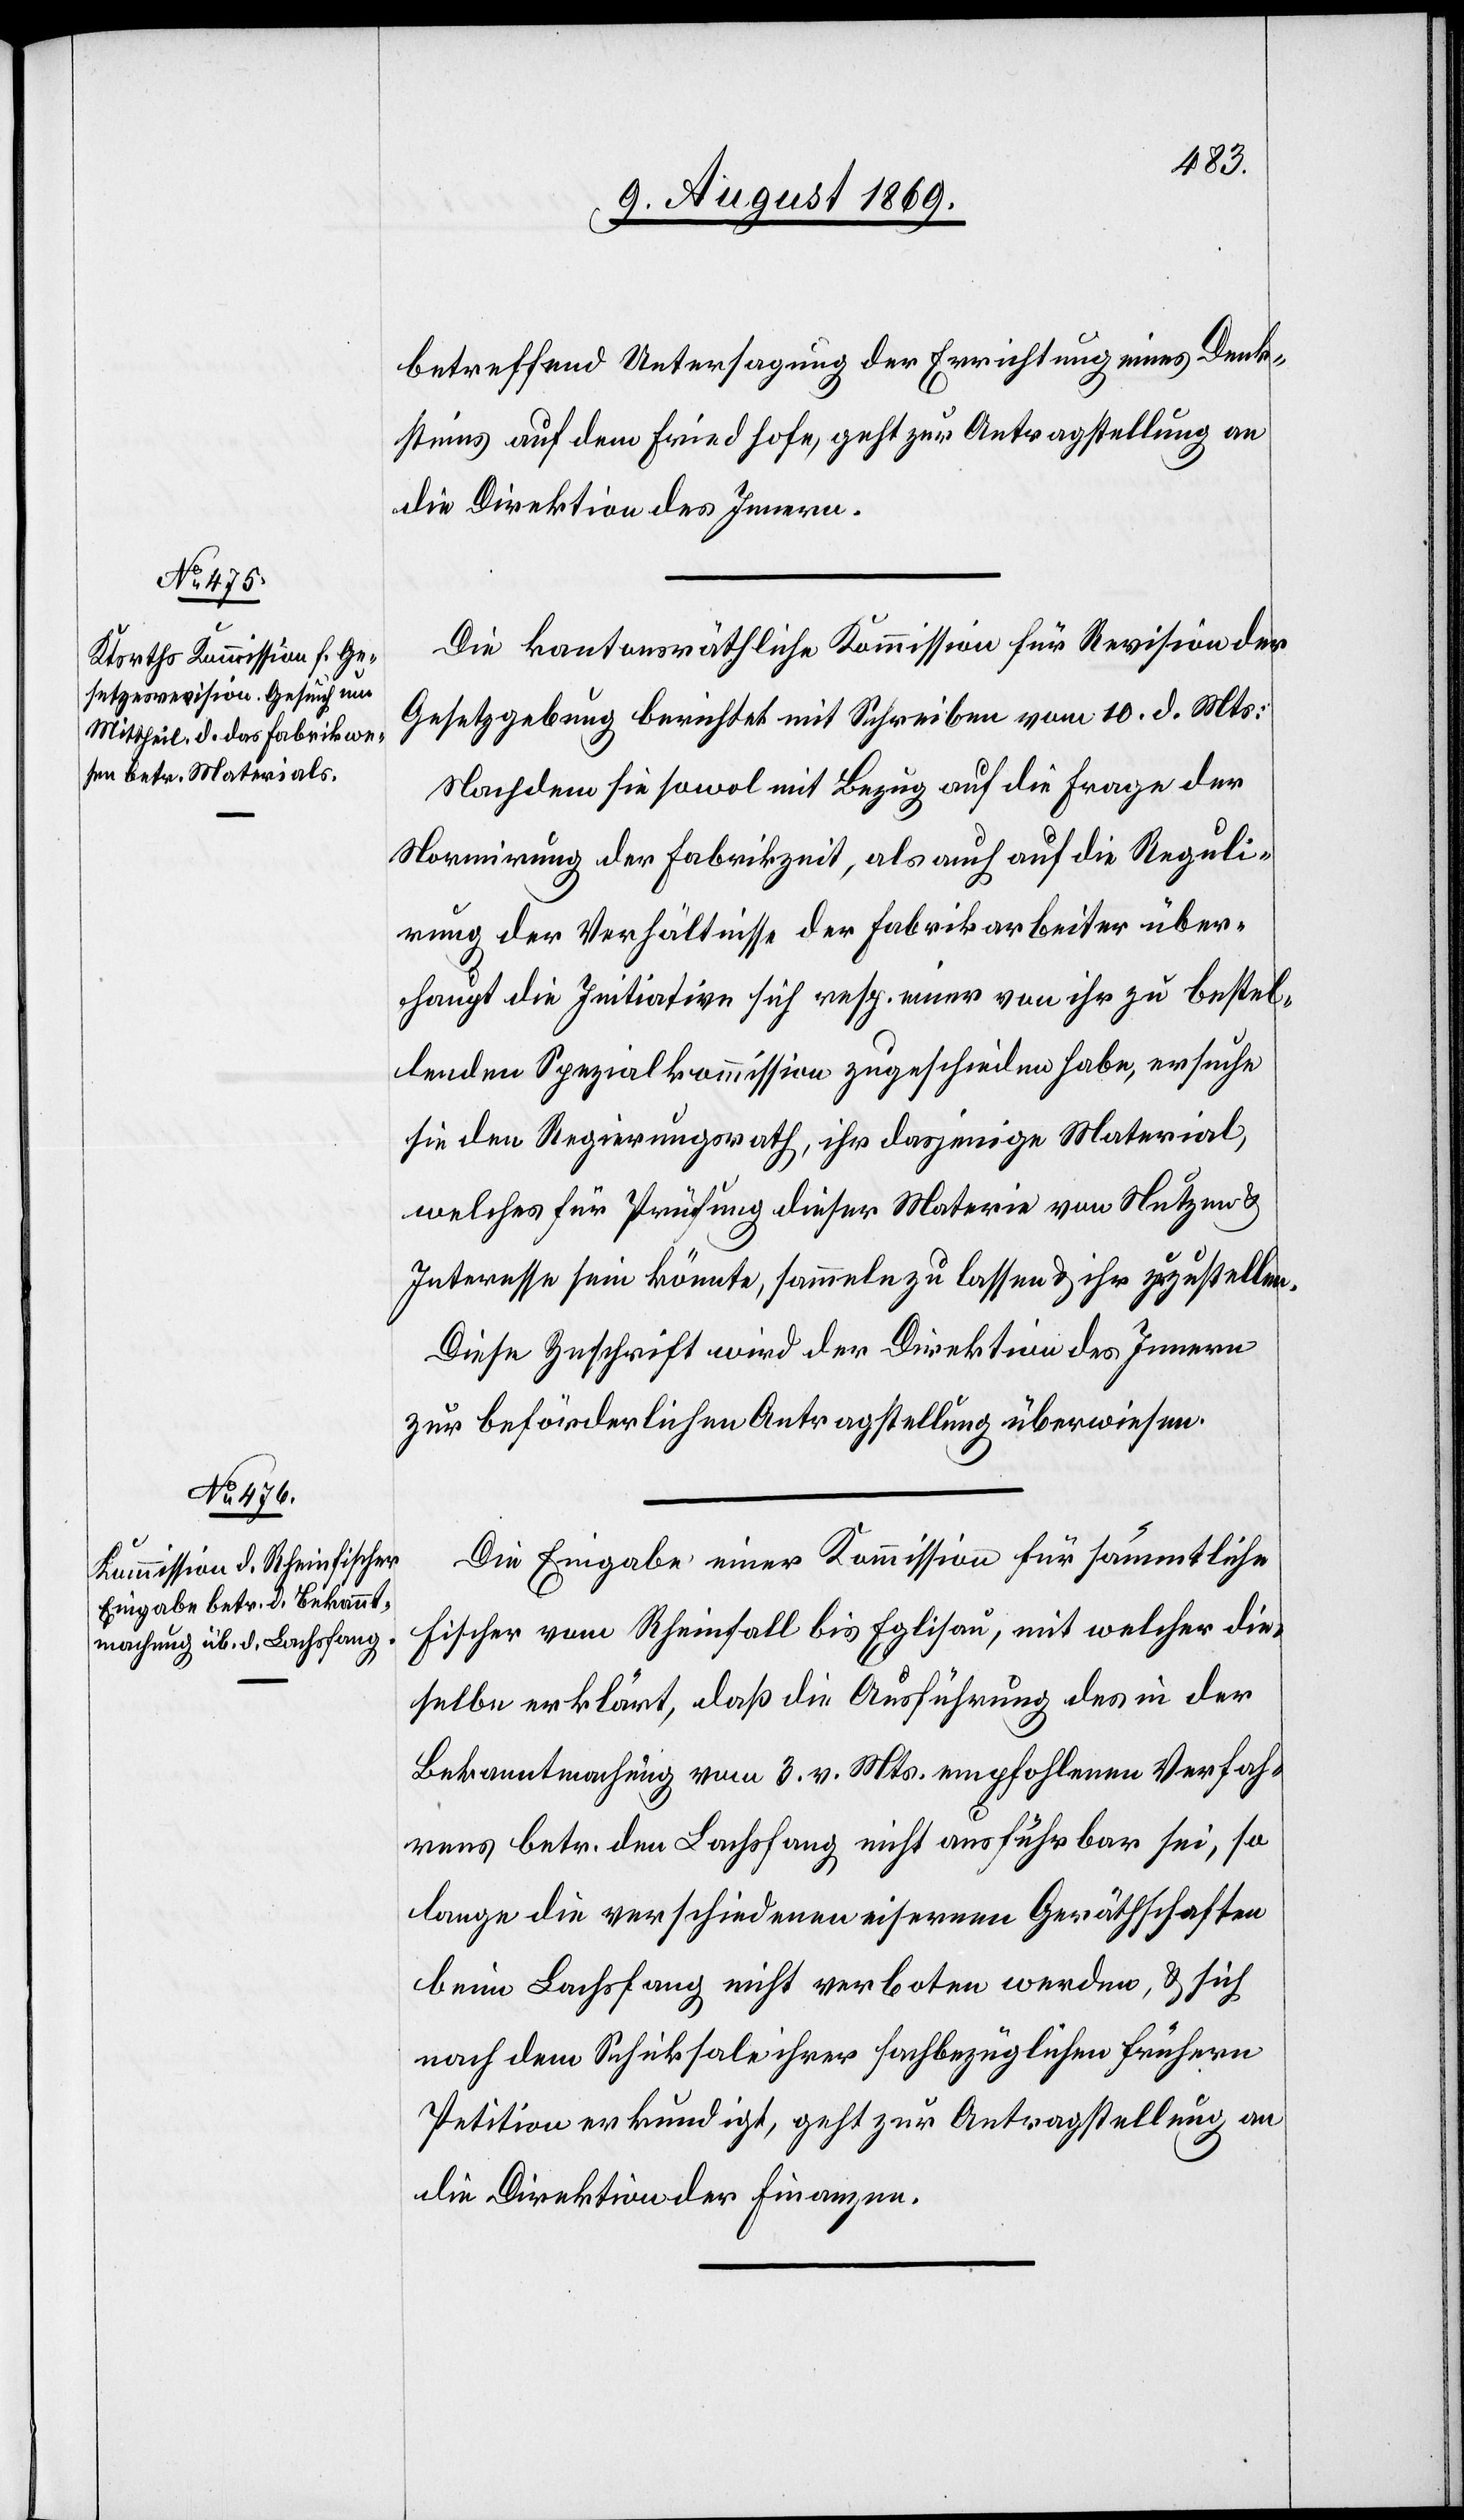
12. August 1869.]
betreffend Untersagung der Errichtung eines Denk¬
steines auf dem Friedhofe, geht zur Antragstellung an
die Direktion des Innern.
Die kantonsräthliche Kommission für Revision der
Gesetzgebung berichtet mit Schreiben vom 10. d. Mts.:
Nachdem sie sowol mit Bezug auf die Frage der
Normirung der Fabrikzeit, als auch auf die Reguli¬
rung der Verhältnisse der Fabrikarbeiter über¬
haupt die Initiation sich resp. einer von ihr zu bestel¬
lenden Spezialkommission zugeschieden habe, ersuche
sie den Regierungsrath, ihr dasjenige Material,
welches für Prüfung dieser Materie von Nutzen &
Interesse sein könnte, sammeln zu lassen & ihr zuzustellen.
Diese Zuschrift wird der Direktion des Innern
zur beförderlichen Antragstellung überwiesen.
Die Eingabe einer Kommission für sämmtliche
Fischer vom Rheinfall bis Eglisau, mit welcher die¬
selbe erklärt, daß die Ausführung des in der
Bekanntmachung vom 3. v. Mts. empfohlenen Verfah¬
rens betr. den Lachsfang nicht ausführbar sei, so
lange die verschiedenen eisernen Geräthschaften
beim Lachsfang nicht verboten werden, & sich
nach dem Schicksale ihrer sachbezüglichen frühern
Petition erkundigt, geht zur Antragstellung an
die Direktion der Finanzen.